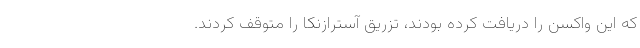
که این واکسن را دریافت کرده ‌بودند، تزریق آسترازنکا را متوقف کردند.